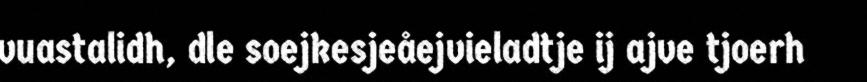
vuastalidh, dle soejkesjeåejvieladtje ij ajve tjoerh